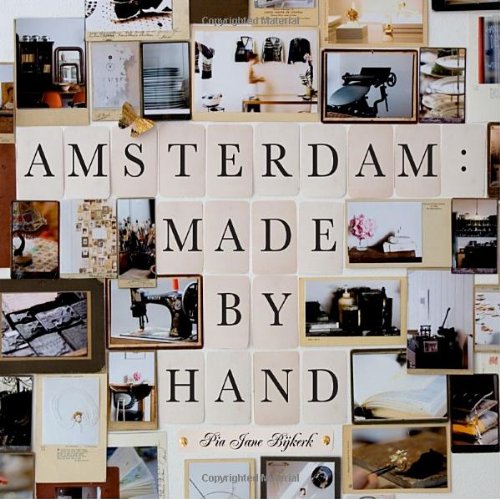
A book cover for Amsterdam: Made by Hand; Pia Jane Bijkerk; Travel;